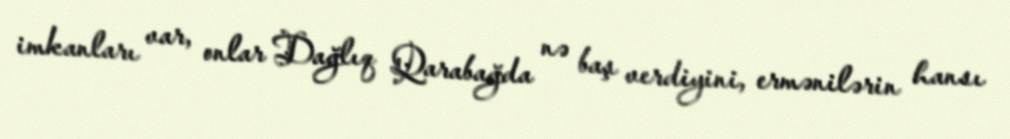
imkanları var, onlar Dağlıq Qarabağda nə baş verdiyini, ermənilərin hansı